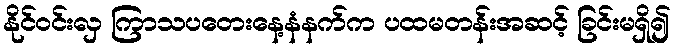
နိုင်ဝင်းလှ ကြာသပတေးနေ့နံနက်က ပထမတန်းအဆင့် ခြင်းမရှိ၍